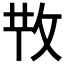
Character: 𢼘